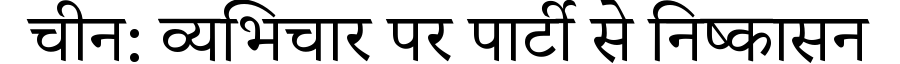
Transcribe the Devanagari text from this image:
चीन: व्यभिचार पर पार्टी से निष्कासन